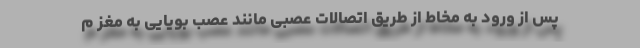
پس از ورود به مخاط از طریق اتصالات عصبی مانند عصب بویایی به مغز م